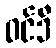
ဝင်ဒီ